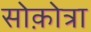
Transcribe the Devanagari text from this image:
सोक़ोत्रा